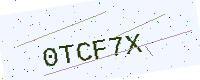
Text: 0TCF7X